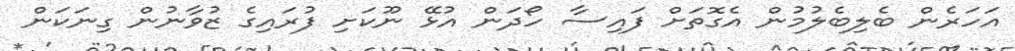
އަހަރެން ބެލިބެލުމުން އެގޮތަށް ފައިސާ ހޯދަން އުޅޭ ނޫކަށި ފުރައިގެ ޒުވާނުން ގިނަކަން